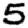
Digit: 5